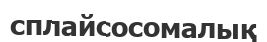
сплайсосомалық